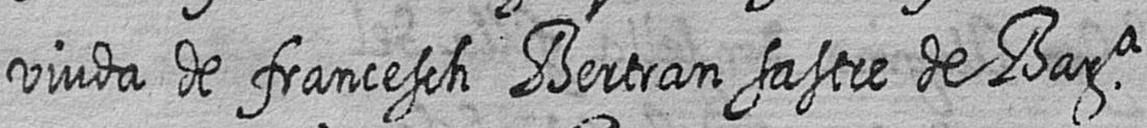
viuda de francesch Bertran sastre de Bara